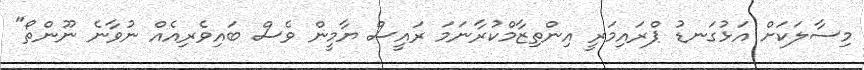
މިސާލަކަށް އަޅުގަނޑު ޕްރައިމަރީ އިންތިޒާމްކުރާނަމަ ރައީސް ޔާމީން ވެސް ބައިވެރިއެއް ނުވާނެ ނޫންތޯ"